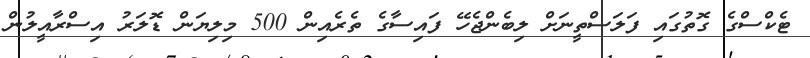
ޓެކްސްގެ ގޮތުގައި ފަލަސްތީނަށް ލިބެންޖެހޭ ފައިސާގެ ތެރެއިން 500 މިލިޔަން ޑޮލަރު އިސްރާއީލުން